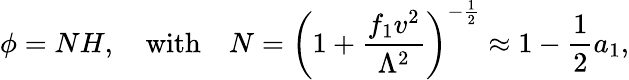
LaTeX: \phi=NH,\quad\mathrm{with}\quad N=\left(1+{\frac{f_{1}v^{2}}{\Lambda^{2}}}\right)^{-{\frac{1}{2}}}\approx 1-{\frac{1}{2}}a_{1},